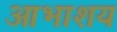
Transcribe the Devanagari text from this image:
आभाशय